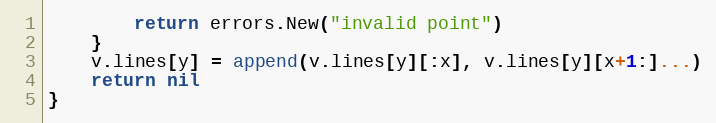
Language: Go
		return errors.New("invalid point")
	}
	v.lines[y] = append(v.lines[y][:x], v.lines[y][x+1:]...)
	return nil
}